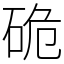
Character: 硊